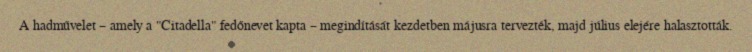
A hadművelet – amely a "Citadella" fedőnevet kapta – megindítását kezdetben májusra tervezték, majd július elejére halasztották.